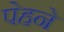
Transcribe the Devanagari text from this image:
पेहने